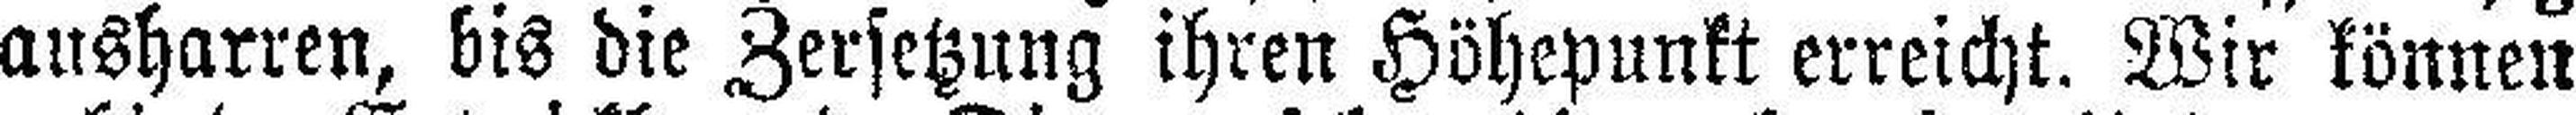
ausharren, bis die Zersetzung ihren Höhepunkt erreicht. Wir können